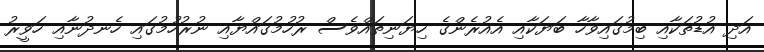
އަދި އުޑުތަކާއި ބިމުގައިވާހާ ބަޔަކާއި އެއުރެންގެ ހިޔަނިތައްވެސް ރުހުމުގައްޔާއި ނުރުހުމުގައި ހެނދުނާއި ހަވީރު